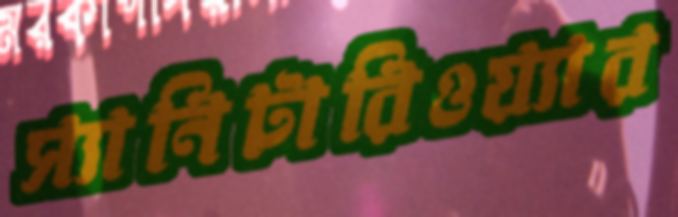
স্যানিটারিওয়্যার